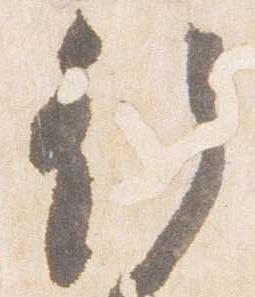
行